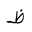
Letter: _za